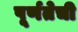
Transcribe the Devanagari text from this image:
पूर्णतेची